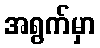
အရွက်မှာ